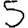
Digit: 5